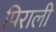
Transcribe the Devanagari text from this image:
पिराली